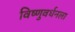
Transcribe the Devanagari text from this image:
विष्णुवर्धनला